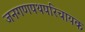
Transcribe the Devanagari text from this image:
जनगणपथपरिचायक